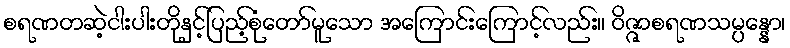
စရဏတဆဲ့ငါးပါးတိုနှင့်ပြည့်စုံတော်မူသော အကြောင်းကြောင့်လည်း။ ဝိဇ္ဇာစရဏသမ္ပန္နော၊